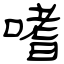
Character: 嗜